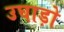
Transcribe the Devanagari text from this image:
उघाड़ो